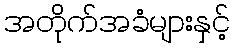
အတိုက်အခံများနှင့်